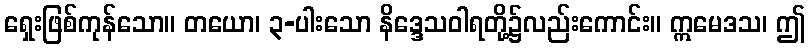
ရှေးဖြစ်ကုန်သော။ တယော၊ ၃-ပါးသော နိဒ္ဒေသဝါရတို့၌လည်းကောင်း။ ဣမေဒသ၊ ဤ